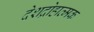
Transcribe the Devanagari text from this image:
देशद्रोहात्मक